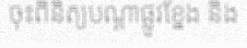
ចុះពិនិត្យបណ្តាផ្លូវខ្នែង និង